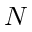
{ \cal N }